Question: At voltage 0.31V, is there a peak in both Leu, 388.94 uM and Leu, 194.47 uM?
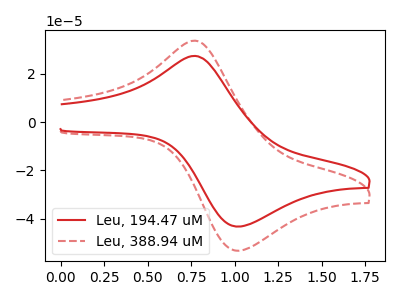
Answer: <think>The red curve "Leu, 194.47 uM" has an anodic peak at (0.75V, 27.40uA) and a cathodic peak at (1.00V, -43.35uA). The red dashed curve "Leu, 388.94 uM" has an anodic peak at (0.75V, 33.70uA) and a cathodic peak at (1.00V, -53.35uA).</think>
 <answer>No, "Leu, 388.94 uM" and "Leu, 194.47 uM" dont share a peak at 0.31V.</answer>
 <eval>mismatch</eval>